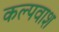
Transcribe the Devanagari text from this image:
कल्पवाश